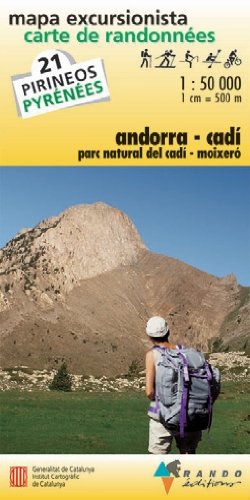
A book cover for Andorra/Cadi; Travel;